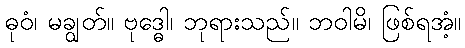
ဓုဝံ၊ မချွတ်။ ဗုဒ္ဓေါ၊ ဘုရားသည်။ ဘဝါမိ၊ ဖြစ်ရအံ့။